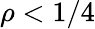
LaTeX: \rho<1/4